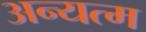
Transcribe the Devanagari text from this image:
अन्यत्म